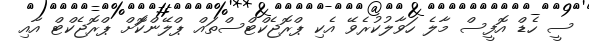
ސީ ހެޑް އޮފީސް މާލެ ހަވާލުކުރެވޭ އެކި ޕްރޮޖެކްޓްސްތައް ޕްލޭންކޮަށް ޕްރޮޖެކްޓް އާއި